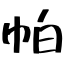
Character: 帕